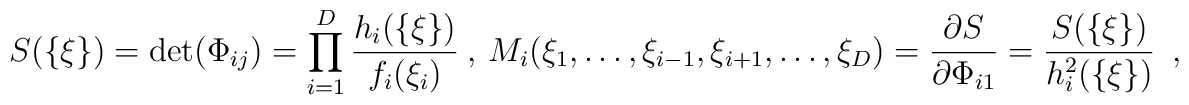
S(\{\xi\})=\det(\Phi_{ij})=\prod_{i=1}^D{h_i(\{\xi\})\over f_i(\xi_i)}  \ ,\  M_i(\xi_1,\dots,\xi_{i-1},\xi_{i+1},\dots,\xi_D)  ={\partial S\over\partial\Phi_{i1}}  ={S(\{\xi\})\over h_i^2(\{\xi\})}\enspace,